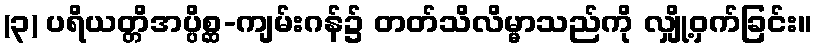
(၃) ပရိယတ္တိအပ္ပိစ္ဆ-ကျမ်းဂန်၌ တတ်သိလိမ္မာသည်ကို လျှို့ဝှက်ခြင်း။